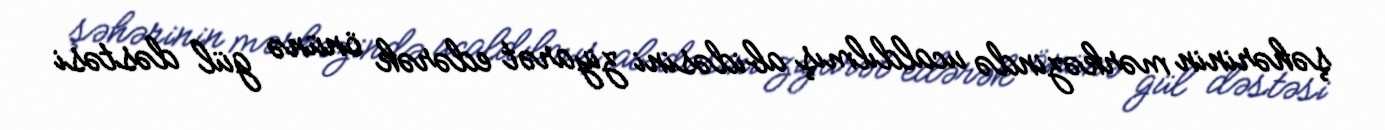
şəhərinin mərkəzində ucaldılmış abidəsini ziyarət edərək önünə gül dəstəsi